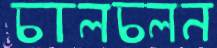
চালচলন